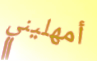
أمهليني